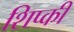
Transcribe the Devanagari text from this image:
शिप्की